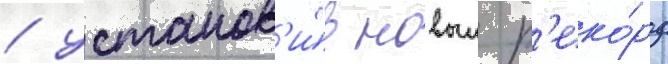
/ установ'и́в новыи р'еко́рд